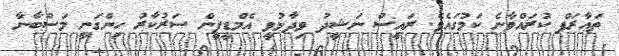
ތަޢާރަފް ކުރައްވާނެ ކަމުގައެވެ. ރައީސް ނަޝީދު ވިދާޅުވީ އެމްޑީޕީން ސަރުކާރު ހިންގަނީ މަސްބާނާ